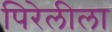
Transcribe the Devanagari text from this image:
पिरेलीला